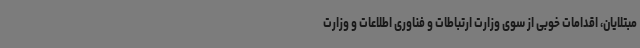
مبتلایان، اقدامات خوبی از سوی وزارت ارتباطات و فناوری اطلاعات و وزارت